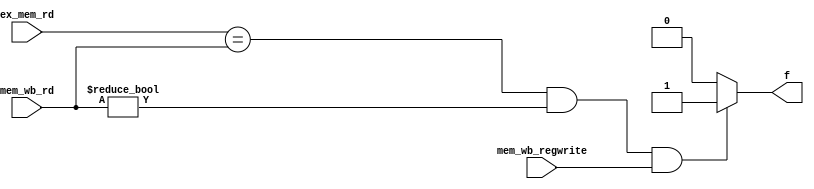
module load_hz(
input [4:0] ex_mem_rd, mem_wb_rd,
input mem_wb_regwrite,
output reg f
);
always@(*)
begin
    if((ex_mem_rd == mem_wb_rd) && (mem_wb_rd != 0) && (mem_wb_regwrite == 1))
            f = 1'b1;
    else
            f = 1'b0;
end
endmodule

module control(opcode, RegDst, ALUSrc, MemtoReg, RegWrite, MemRead, MemWrite, Branch, AluOP);
input [5:0] opcode;
output reg RegDst;
output reg ALUSrc;
output reg MemtoReg;
output reg RegWrite;
output reg MemRead;
output reg MemWrite;
output reg Branch;
output reg [1:0] AluOP;
always @(opcode)
 begin
	case (opcode)
		6'b000000:{RegDst, ALUSrc, MemtoReg, RegWrite, MemRead, MemWrite, Branch, AluOP}=9'b100100_0_10; //r
		6'b100011:{RegDst, ALUSrc, MemtoReg, RegWrite, MemRead, MemWrite, Branch, AluOP}=9'b011110_0_00; //lw
		6'b101011:{RegDst, ALUSrc, MemtoReg, RegWrite, MemRead, MemWrite, Branch, AluOP}=9'bx1x001_0_00; //sw
		6'b000100:{RegDst, ALUSrc, MemtoReg, RegWrite, MemRead, MemWrite, Branch, AluOP}=9'bx0x000_1_01; //beq
		default:
	{RegDst,ALUSrc,MemtoReg,RegWrite,MemRead,MemWrite,Branch,AluOP}=9'bxxxxxx_x_xx;
	endcase
end
endmodule